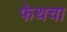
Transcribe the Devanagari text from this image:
फेथचा